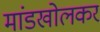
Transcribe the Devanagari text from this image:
मांडखोलकर